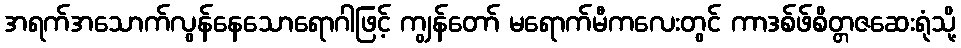
အရက်အသောက်လွန်နေသောရောဂါဖြင့် ကျွန်တော် မရောက်မီကလေးတွင် ကာဒစ်ဖ်စိတ္တဇဆေးရုံသို့